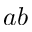
a b